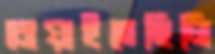
চোয়াইতেছিলি